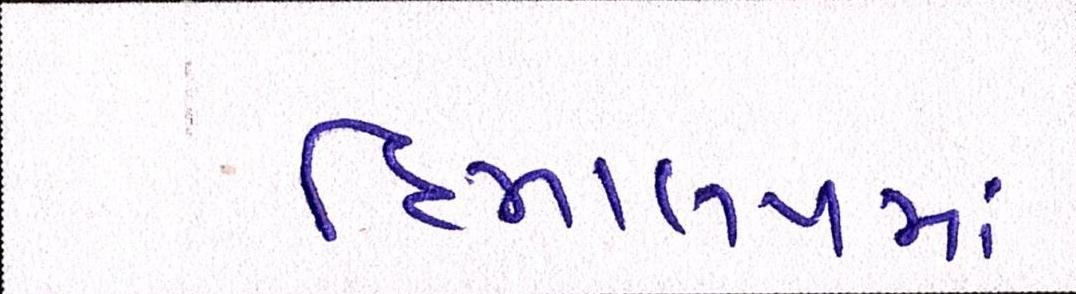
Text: હિમાલયમાં